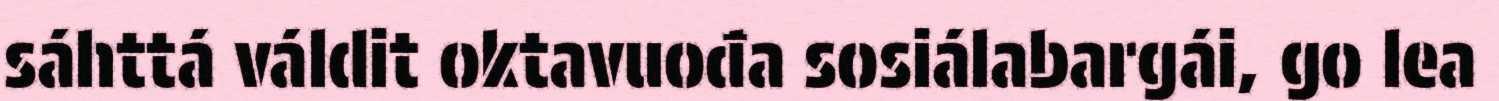
sáhttá váldit oktavuođa sosiálabargái, go lea